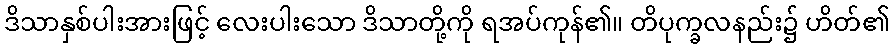
ဒိသာနှစ်ပါးအားဖြင့် လေးပါးသော ဒိသာတို့ကို ရအပ်ကုန်၏။ တိပုက္ခလနည်း၌ ဟိတ်၏